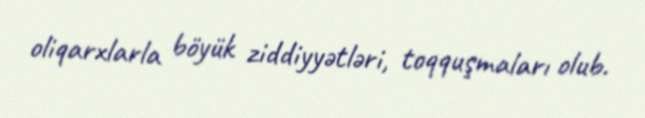
oliqarxlarla böyük ziddiyyətləri, toqquşmaları olub.